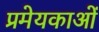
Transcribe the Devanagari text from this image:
प्रमेयकाओं